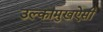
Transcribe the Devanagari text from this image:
उल्कामुखऐसी